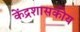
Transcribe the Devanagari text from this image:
केंद्रशासकीय